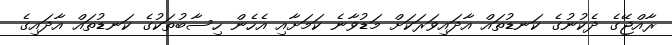
ރާއްޖޭގެ ދެކުނުގެ ކަނޑުތައް އާދައިވަރަކަށް މަޑުވާނެ ކަމަށާއި އެހެން ހިސާބުތަކުގެ ކަނޑުތައް އާދައިގެ